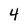
Character: 4